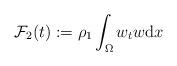
LaTeX: \begin{align*}\mathcal{F}_{2}(t) := \rho_{1} \int_{\Omega} w_{t} w \mathrm{d} x \end{align*}